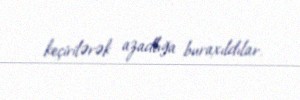
keçirilərək azadlığa buraxıldılar.